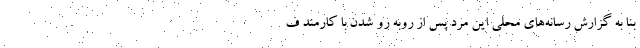
بنا به گزارش رسانه‌های محلی این مرد پس از روبه رو شدن با کارمند ف